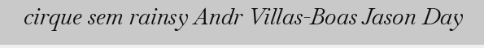
cirque sem rainsy Andr Villas-Boas Jason Day